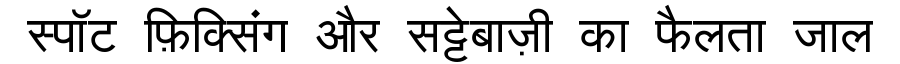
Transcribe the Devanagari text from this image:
स्पॉट फ़िक्सिंग और सट्टेबाज़ी का फैलता जाल